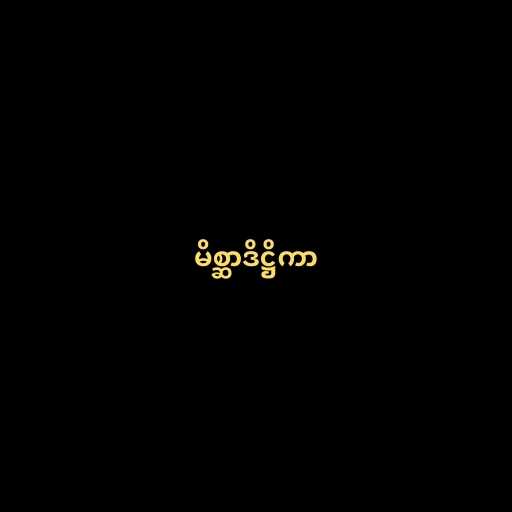
မိစ္ဆာဒိဋ္ဌိကာ